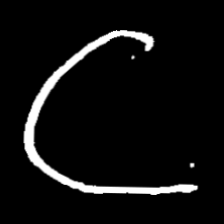
Pyu character \u2014 Myanmar letter: ဋ (romanized: tta)